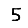
Digit: 5